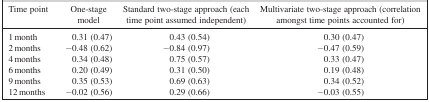
<table><thead><tr><td><b>Time point</b></td><td><b>One‐stage model</b></td><td><b>Standard two‐stage approach (each time point assumed independent)</b></td><td><b>Multivariate two‐stage approach (correlation amongst time points accounted for)</b></td></tr></thead><tbody><tr><td>1 month</td><td>0.31 (0.47)</td><td>0.43 (0.54)</td><td>0.30 (0.47)</td></tr><tr><td>2 months</td><td>−0.48 (0.62)</td><td>−0.84 (0.97)</td><td>−0.47 (0.59)</td></tr><tr><td>4 months</td><td>0.34 (0.48)</td><td>0.75 (0.57)</td><td>0.33 (0.47)</td></tr><tr><td>6 months</td><td>0.20 (0.49)</td><td>0.31 (0.50)</td><td>0.19 (0.48)</td></tr><tr><td>9 months</td><td>0.35 (0.53)</td><td>0.69 (0.63)</td><td>0.34 (0.52)</td></tr><tr><td>12 months</td><td>−0.02 (0.56)</td><td>0.29 (0.66)</td><td>−0.03 (0.55)</td></tr></tbody></table>